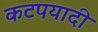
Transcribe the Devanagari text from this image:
कटपयादी